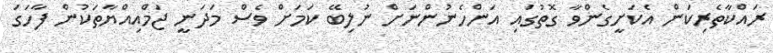
ރައްކާތެރިކަން އެކަށީގެންވާ ގޮތުގައި އަންހެނުންނަށް ނުލިބޭ ކަމަށް ވެސް މަދަނީ ޖަމްއިއްޔާތަކުން ފާހަގަ